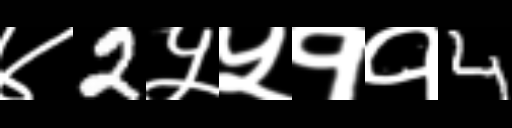
Text: ४2५५११4